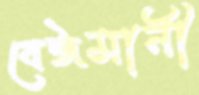
বেঈমানী